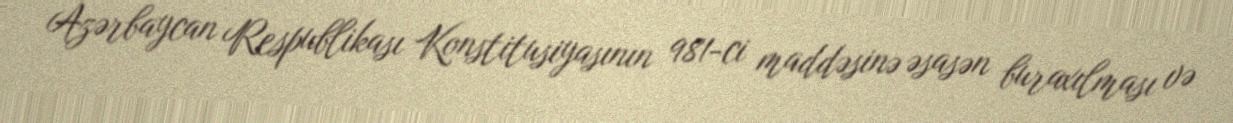
Azərbaycan Respublikası Konstitusiyasının 981-ci maddəsinə əsasən buraxılması və